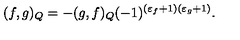
( f , g ) _ { Q } = - ( g , f ) _ { Q } ( - 1 ) ^ { ( \varepsilon _ { f } + 1 ) ( \varepsilon _ { g } + 1 ) } .